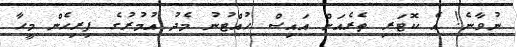
ނުވާނެ! އެ ކޮޓަރި ތެރެއަށް އައިސް ހުއްޓުނު މެދު އުމުރުގެ ފިރިހެން މީހާ